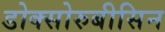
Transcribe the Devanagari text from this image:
डोक्सोरुबीसिन